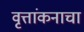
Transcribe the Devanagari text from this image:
वृत्तांकनाचा